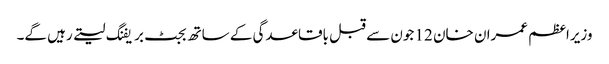
وزیراعظم عمران خان 12 جون سے قبل باقاعدگی کے ساتھ بجٹ بریفنگ لیتے رہیں گے۔